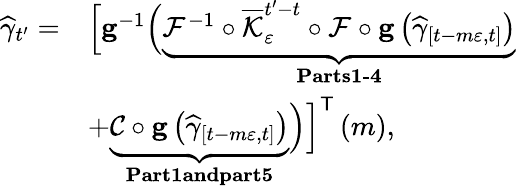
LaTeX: \begin{array}{rl}{\widehat{\gamma}_{t^{\prime}}=}&{\Big[\mathbf{g}^{-1}\Big(\underbrace{\mathcal{F}^{-1}\circ\overline{{\mathcal{K}}}_{\varepsilon}^{t^{\prime}-t}\circ\mathcal{F}\circ\mathbf{g}\left(\widehat{\gamma}_{\left[t-m\varepsilon,t\right]}\right)}_{\textbf{Parts1-4}}}\\ &{+\underbrace{\mathcal{C}\circ\mathbf{g}\left(\widehat{\gamma}_{\left[t-m\varepsilon,t\right]}\right)}_{\textbf{Part1andpart5}}\Big)\Big]^{\mathsf{T}}\left(m\right),}\end{array}